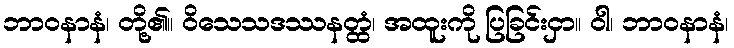
ဘာဝနာနံ၊ တို့၏။ ဝိသေသဒဿနတ္ထံ၊ အထူးကို ပြခြင်းငှာ။ ဝါ၊ ဘာဝနာနံ၊